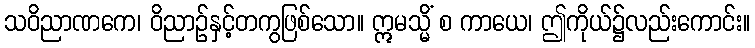
သဝိညာဏကေ၊ ဝိညာဉ်နှင့်တကွဖြစ်သော။ ဣမသ္မိံ စ ကာယေ၊ ဤကိုယ်၌လည်းကောင်း။